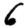
Digit: 6